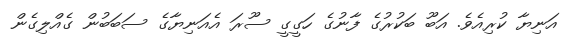
އަނިޔާ ކުރިއެވެ. އަބޫ ބަކުރުގެ ފާނުގެ ހަގީގީ ސޫރަ އެއަނިޔާގެ ސަބަބުން ގެއްލިގެން